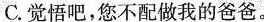
C.觉悟吧，您不配做我的爸爸。